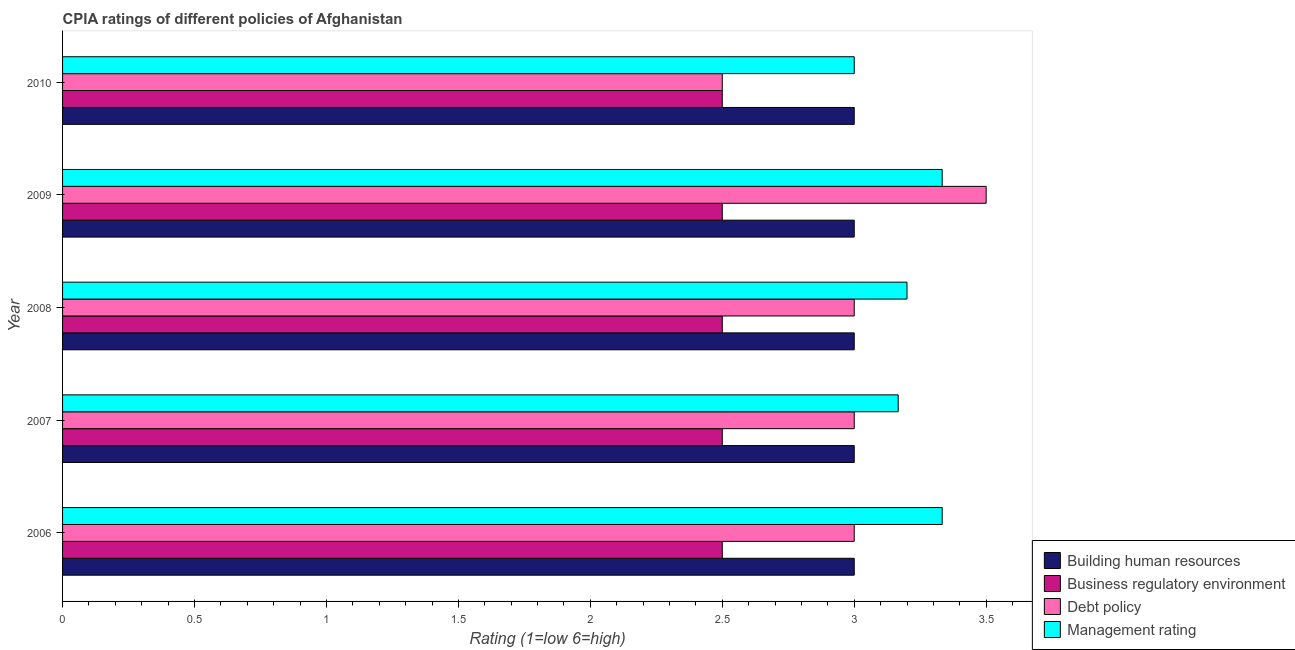
| Year | Building human resources | Business regulatory environment | Debt policy | Management rating |
 | --- | --- | --- | --- | --- |
 | 2006 | 3 | 2.5 | 3 | 3.33 |
 | 2007 | 3 | 2.5 | 3 | 3.17 |
 | 2008 | 3 | 2.5 | 3 | 3.2 |
 | 2009 | 3 | 2.5 | 3.5 | 3.33 |
 | 2010 | 3 | 2.5 | 2.5 | 3 |